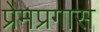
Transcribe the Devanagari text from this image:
प्रेमप्रगास